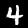
Digit: 4